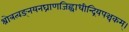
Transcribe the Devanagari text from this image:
श्रोत्रत्वङ्नयनघ्राणजिह्वाधीन्द्रियपञ्चकम्।